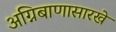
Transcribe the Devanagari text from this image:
अग्निबाणासारखे